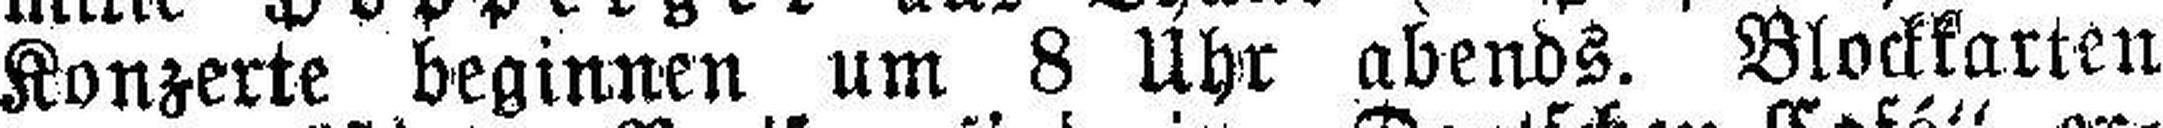
Konzerte beginnen um 8 Uhr abends. Blockkarten